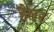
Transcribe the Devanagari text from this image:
हैलर